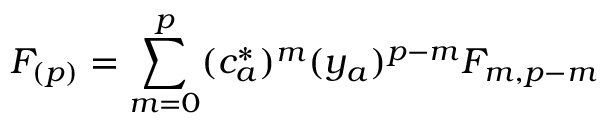
F _ { ( p ) } = \sum _ { m = 0 } ^ { p } ( c _ { a } ^ { * } ) ^ { m } ( y _ { a } ) ^ { p - m } F _ { m , p - m }